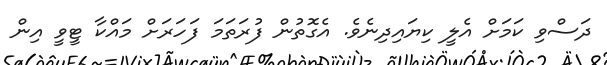
ދަސްވި ކަމަށް އެލީ ކިޔައިދިނެވެ. އެގޮތުން ފުރަތަމަ ފަހަރަށް މައްކާ ޓީވީ އިން